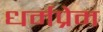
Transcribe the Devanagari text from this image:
धर्मप्रेम